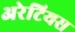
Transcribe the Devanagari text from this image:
अरेटियस